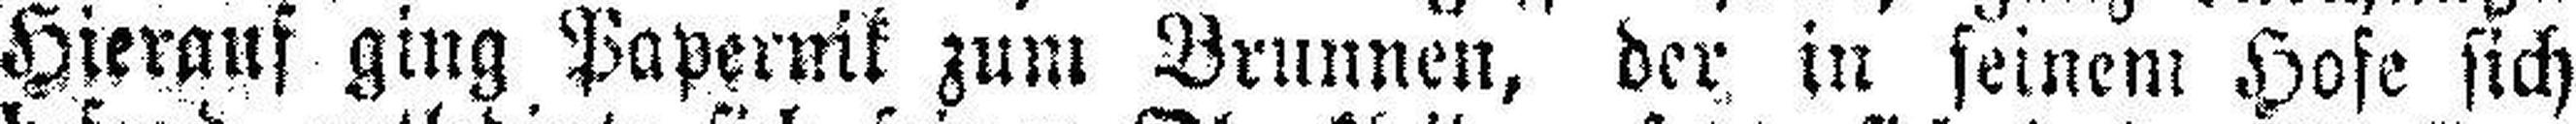
Hierauf ging Papernik zum Brunnen, der in seinem Hofe sich